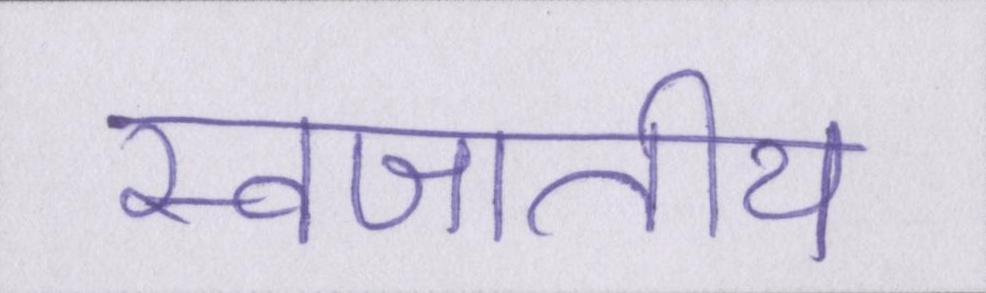
स्वजातीय